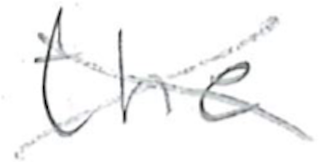
Text: the
Cross-out: cross
Writing tool: pencil